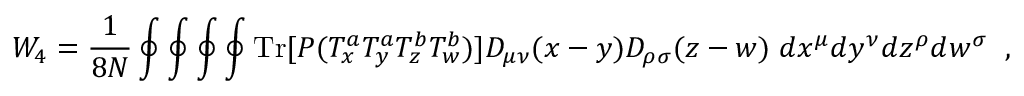
{ \cal W } _ { 4 } = { \frac { 1 } { 8 N } } \oint \oint \oint \oint \mathrm { T r } [ { \cal P } ( T _ { x } ^ { a } T _ { y } ^ { a } T _ { z } ^ { b } T _ { w } ^ { b } ) ] D _ { \mu \nu } ( x - y ) D _ { \rho \sigma } ( z - w ) \; d x ^ { \mu } d y ^ { \nu } d z ^ { \rho } d w ^ { \sigma } \; \; ,